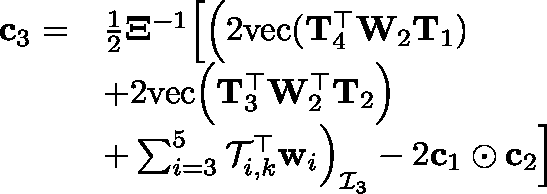
\begin{array} { r l } { \mathbf { c } _ { 3 } = } & { \frac { 1 } { 2 } \mathbf { \Xi } ^ { - 1 } \Big [ \Big ( 2 \mathrm { v e c } ( \mathbf { T } _ { 4 } ^ { \top } \mathbf { W } _ { 2 } \mathbf { T } _ { 1 } ) } \\ & { + 2 \mathrm { v e c } \Big ( \mathbf { T } _ { 3 } ^ { \top } \mathbf { W } _ { 2 } ^ { \top } \mathbf { T } _ { 2 } \Big ) } \\ & { + \sum _ { i = 3 } ^ { 5 } \mathcal { T } _ { i , k } ^ { \top } \mathbf { w } _ { i } \Big ) _ { \mathcal { I } _ { 3 } } - 2 \mathbf { c } _ { 1 } \odot \mathbf { c } _ { 2 } \Big ] } \end{array}